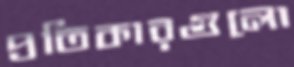
প্রতিকারগুলো